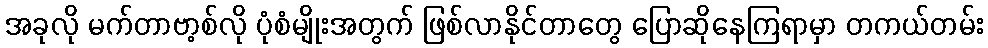
အခုလို မက်တာဗာ့စ်လို ပုံစံမျိုးအတွက် ဖြစ်လာနိုင်တာတွေ ပြောဆိုနေကြရာမှာ တကယ်တမ်း